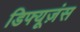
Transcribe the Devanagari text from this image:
डिफ्यूज़ंस